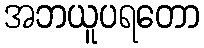
အဘယူပရတော